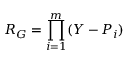
R _ { G } = \prod _ { i = 1 } ^ { m } ( Y - P _ { i } )